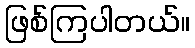
ဖြစ်ကြပါတယ်။